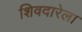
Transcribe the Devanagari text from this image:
शिवदारेला